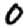
Digit: 0